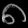
Digit: ၈